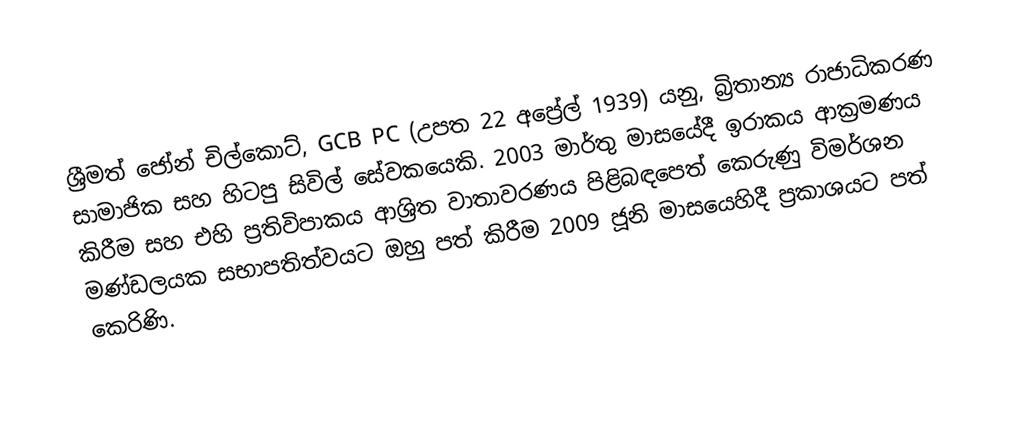
ශ්‍රීමත් ජෝන් චිල්කොට්, GCB PC (උපත 22 අප්‍රේල් 1939) යනු, බ්‍රිතාන්‍ය  රාජාධිකරණ සාමාජික සහ හිටපු සිවිල් සේවකයෙකි.  2003 මාර්තු මාසයේදී ඉරාකය ආක්‍රමණය කිරීම සහ එහි ප්‍රතිවිපාකය ආශ්‍රිත වාතාවරණය පිළිබඳපෙත් කෙරුණු විමර්ශන මණ්ඩලයක සභාපතිත්වයට ඔහු පත් කිරීම 2009 ජූනි මාසයෙහිදී ප්‍රකාශයට පත් කෙරිණි.